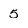
Character: 5